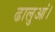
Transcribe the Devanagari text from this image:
ढालुआं।